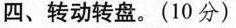
四、转动转盘。(10分)